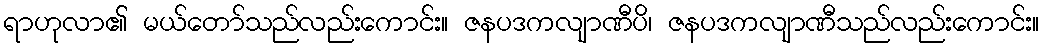
ရာဟုလာ၏ မယ်တော်သည်လည်းကောင်း။ ဇနပဒကလျာဏီပိ၊ ဇနပဒကလျာဏီသည်လည်းကောင်း။